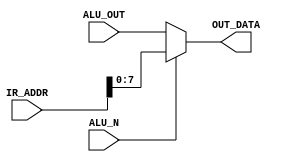
module CHOOSE(IR_ADDR,ALU_OUT,ALU_N,OUT_DATA);
//ALU_OUT0ALU_OUT
	input[12:0] IR_ADDR;
	input[7:0] ALU_OUT;
	input ALU_N;
	output[7:0] OUT_DATA;
	
	assign OUT_DATA=ALU_N?IR_ADDR[12:0]:ALU_OUT;
	
endmodule